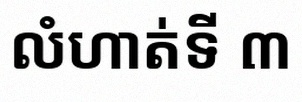
លំហាត់ទី ៣